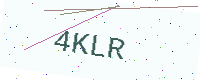
Text: 4KLR